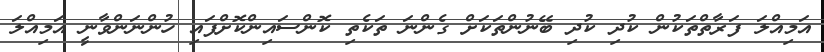
އަމިއްލަ ފަރާތްތަކުން ކުދި ކުދި ބޭނުންތަކަށް ގެންނަ ތަކެތި ކޮންސައިންކޮށްފައި ހުންނަންވާނީ އަމިއްލަ